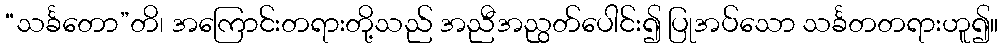
“သင်္ခတော”တိ၊ အကြောင်းတရားတို့သည် အညီအညွတ်ပေါင်း၍ ပြုအပ်သော သင်္ခတတရားဟူ၍။